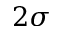
2 \sigma